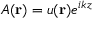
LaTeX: A ( \mathbf { r } ) = u ( \mathbf { r } ) e ^ { i k z }